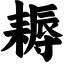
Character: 耨